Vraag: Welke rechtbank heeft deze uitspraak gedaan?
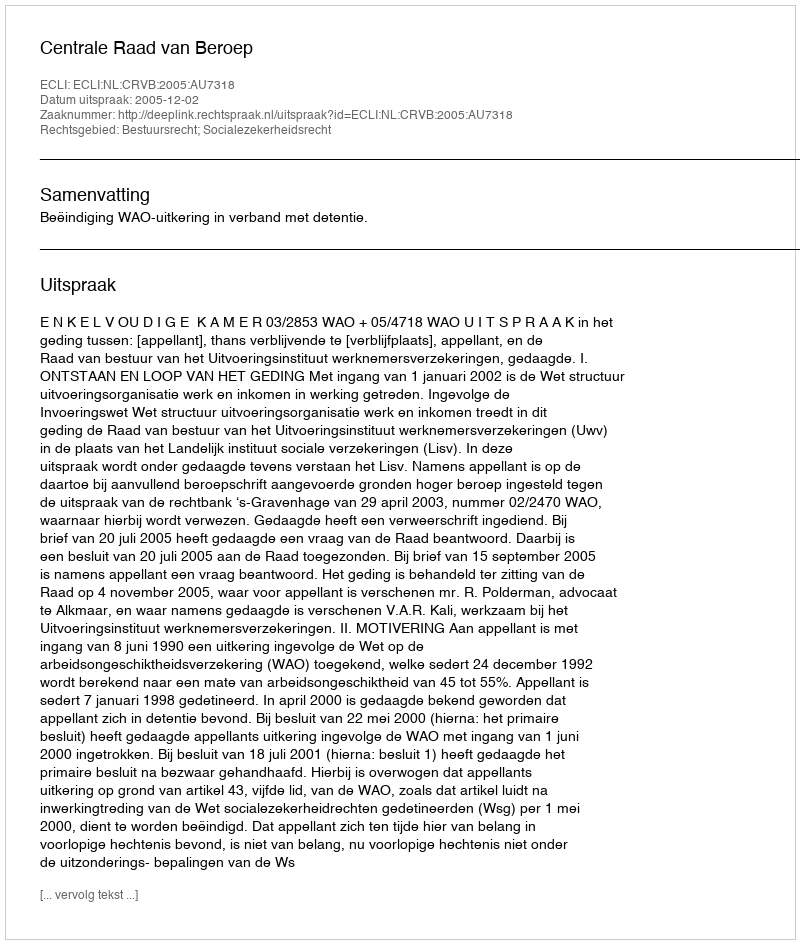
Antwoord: Centrale Raad van Beroep